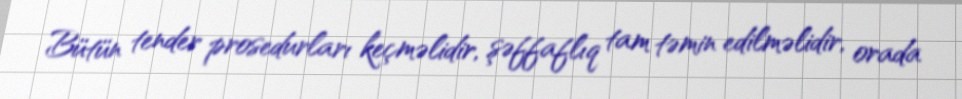
Bütün tender prosedurları keçməlidir, şəffaflıq tam təmin edilməlidir, orada